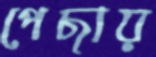
পেছায়